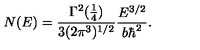
N ( E ) = { \frac { \Gamma ^ { 2 } ( { \frac { 1 } { 4 } } ) } { 3 ( 2 \pi ^ { 3 } ) ^ { 1 / 2 } } } { \frac { E ^ { 3 / 2 } } { b \hbar ^ { 2 } } } .